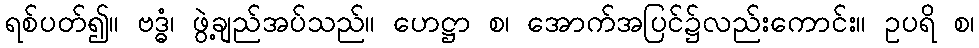
ရစ်ပတ်၍။ ဗဒ္ဓံ၊ ဖွဲ့ချည်အပ်သည်။ ဟေဋ္ဌာ စ၊ အောက်အပြင်၌လည်းကောင်း။ ဥပရိ စ၊